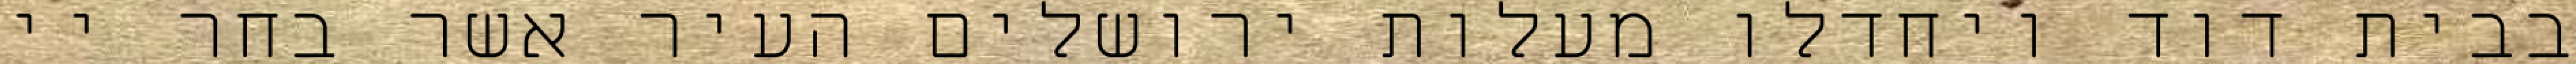
בבית דוד ויחדלו מעלות ירושלים העיר אשר בחר יי